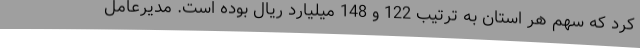
کرد که سهم هر استان به ترتیب 122 و 148 میلیارد ریال بوده است. مدیرعامل